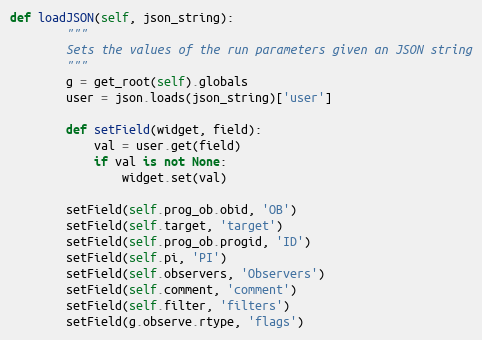
Language: Python
def loadJSON(self, json_string):
        """
        Sets the values of the run parameters given an JSON string
        """
        g = get_root(self).globals
        user = json.loads(json_string)['user']

        def setField(widget, field):
            val = user.get(field)
            if val is not None:
                widget.set(val)

        setField(self.prog_ob.obid, 'OB')
        setField(self.target, 'target')
        setField(self.prog_ob.progid, 'ID')
        setField(self.pi, 'PI')
        setField(self.observers, 'Observers')
        setField(self.comment, 'comment')
        setField(self.filter, 'filters')
        setField(g.observe.rtype, 'flags')